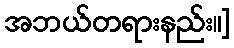
အဘယ်တရားနည်း။]